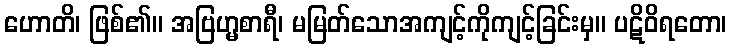
ဟောတိ၊ ဖြစ်၏။ အဗြဟ္မစာရီ၊ မမြတ်သောအကျင့်ကိုကျင့်ခြင်းမှ။ ပဋိဝိရတော၊